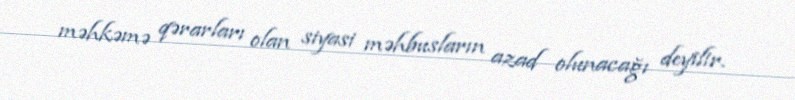
məhkəmə qərarları olan siyasi məhbusların azad olunacağı deyilir.